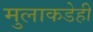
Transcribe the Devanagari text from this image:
मुलाकडेही